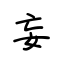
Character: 妄